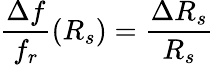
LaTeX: \frac{\Delta f}{f_{r}}(R_{s})=\frac{\Delta R_{s}}{R_{s}}